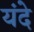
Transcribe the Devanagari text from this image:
यंदे